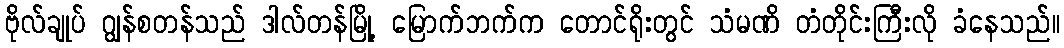
ဗိုလ်ချုပ် ဂျွန်စတန်သည် ဒါလ်တန်မြို့ မြောက်ဘက်က တောင်ရိုးတွင် သံမဏိ တံတိုင်းကြီးလို ခံနေသည်။